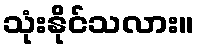
သုံးနိုင်သလား။